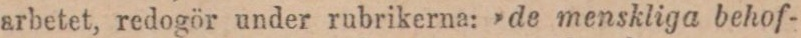
arbetet, redogör under rubrikerna: »de menskliga behof-